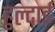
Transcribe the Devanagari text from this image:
हुल्दाई